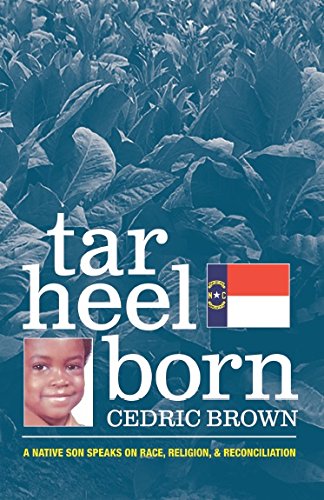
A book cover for Tar Heel Born: A Native Son Speaks on Race, Religion, & Reconciliation; Cedric Brown; Gay & Lesbian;